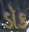
ડૉક